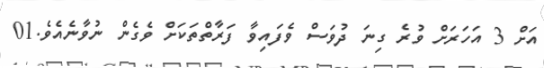
އަށް 3 އަހަރަށް ވުރެ ގިނަ ދުވަސް ވެފައިވާ ފަރާތްތަކަށް ވެގެން ނުވާނެއެވެ.01